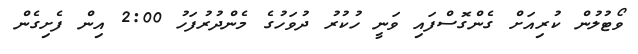
ވޯޓުލުން ކުރިއަށް ގެންގޮސްފައި ވަނީ ހުކުރު ދުވަހުގެ މެންދުރުފަހު 2:00 އިން ފެށިގެން